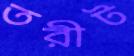
তরীট